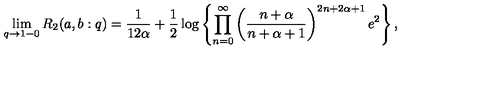
\lim _ { q \to 1 - 0 } R _ { 2 } ( a , b : q ) = \frac { 1 } { 1 2 \alpha } + \frac 1 2 \log \left\{ \prod _ { n = 0 } ^ { \infty } \left( \frac { n + \alpha } { n + \alpha + 1 } \right) ^ { 2 n + 2 \alpha + 1 } e ^ { 2 } \right\} ,